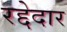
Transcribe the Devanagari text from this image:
रद्देदार